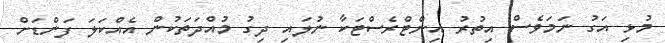
މުޅި އަގު ނަމަވެސް އިތުރު އިންޓްރެސްޓަކާ ނުލައި ދިގު މުއްދަތަކުން އެއްކަލަ ފަންޑަށް